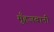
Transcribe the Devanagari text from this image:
मुँहजबानी